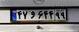
۴۷و۶۴۴۹۹